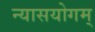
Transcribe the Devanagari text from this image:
न्यासयोगम्